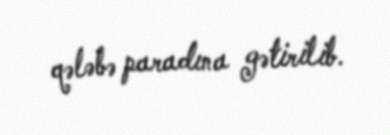
qələbə paradına gətirilib.